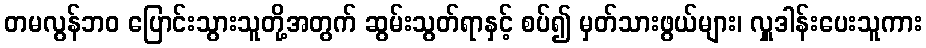
တမလွန်ဘဝ ပြောင်းသွားသူတို့အတွက် ဆွမ်းသွတ်ရာနှင့် စပ်၍ မှတ်သားဖွယ်များ၊ လှူဒါန်းပေးသူကား